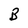
Character: B